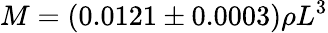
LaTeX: M=(0.0121\pm 0.0003)\rho L^{3}